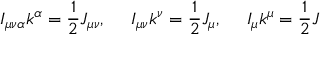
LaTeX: I _ { \mu \nu \alpha } k ^ { \alpha } = \frac { 1 } { 2 } J _ { \mu \nu } , \ \ \ \ I _ { \mu \nu } k ^ { \nu } = \frac { 1 } { 2 } J _ { \mu } , \ \ \ \ I _ { \mu } k ^ { \mu } = \frac { 1 } { 2 } J